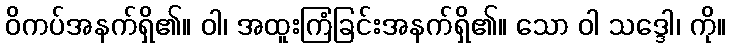
ဝိကပ်အနက်ရှိ၏။ ဝါ၊ အထူးကြံခြင်းအနက်ရှိ၏။ သော ဝါ သဒ္ဒေါ၊ ကို။